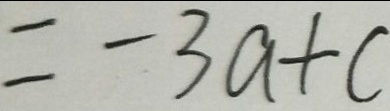
= - 3 a + c